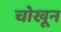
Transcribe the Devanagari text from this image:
चोखून